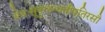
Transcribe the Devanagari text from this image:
वेधःसूनुररुन्धतीपतिरसौ